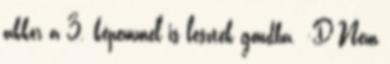
akkor a 3. képemmel is lesztek gondba. :D Nem